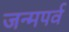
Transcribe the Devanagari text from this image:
जन्मपर्व